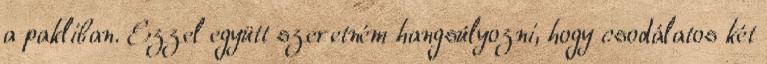
a pakliban. Ezzel együtt szeretném hangsúlyozni, hogy csodálatos két